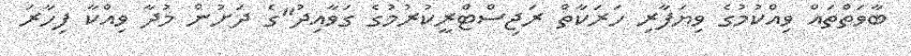
ބާވަތްތައް ވިއްކުމުގެ ވިޔަފާރި ހަރަކާތް ރަޖިސްޓްރީކުރުމުގެ ގަވާއިދު"ގެ ދަށުން މުދާ ވިއްކާ ފިހާރަ